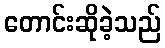
တောင်းဆိုခဲ့သည်